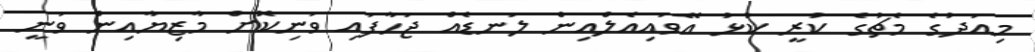
މިއަދުގެ މެޗުގެ ކުރީ ކުޅު އޭވައިއެލްއިން ލަނޑެއް ޖަހާފައި ވަނިކޮށް މާޒިޔާއިން ވަނީ